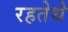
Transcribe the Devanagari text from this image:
रहतेथे